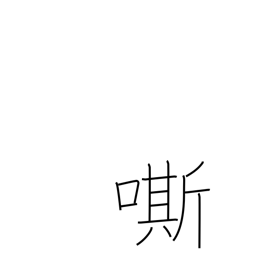
Meaning: whinny